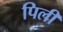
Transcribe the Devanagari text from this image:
पिलीं